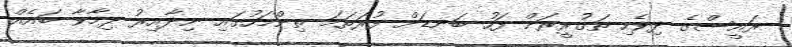
ރައީސްގެ ދިވެހި ތަޤުރީރަށް ފަހު ބަނޑަށް ފުރަތަމަ ތިންމަހުގައި ނިދާއިރު ދިމާވާ ބައެއް